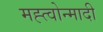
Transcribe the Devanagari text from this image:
मह्त्वोन्मादी